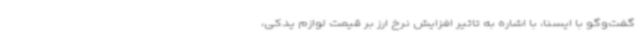
گفت‌وگو با ایسنا، با اشاره به تاثیر افزایش نرخ ارز بر قیمت لوازم یدکی،